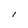
Character: I